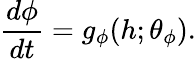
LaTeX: \frac{d\phi}{dt}=g_{\phi}(h;\theta_{\phi}).